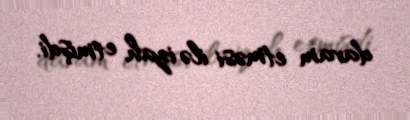
davam etməsi ilə izah etmişdi.